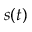
s ( t )